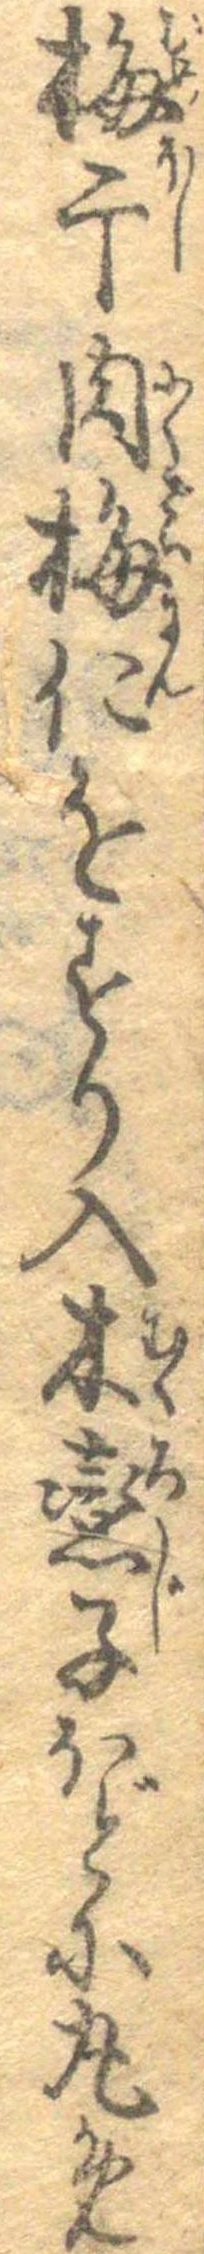
梅干肉梅仁をすり入木恋子ほどに丸め